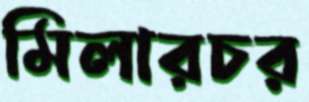
মিলারচর